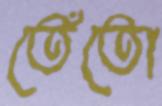
তেঁতো